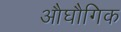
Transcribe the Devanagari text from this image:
औघौगिक